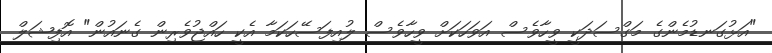
"އަޅުގަނޑުމެންގެ މަގްސަދަކީ ވީހާވެސް އަވަހަކަށް ވީހާވެސް ލުއިފަސޭހަކަމާ އެކީ ހައްޖުވެރިން ގެނައުން" އޮފިޝަލް